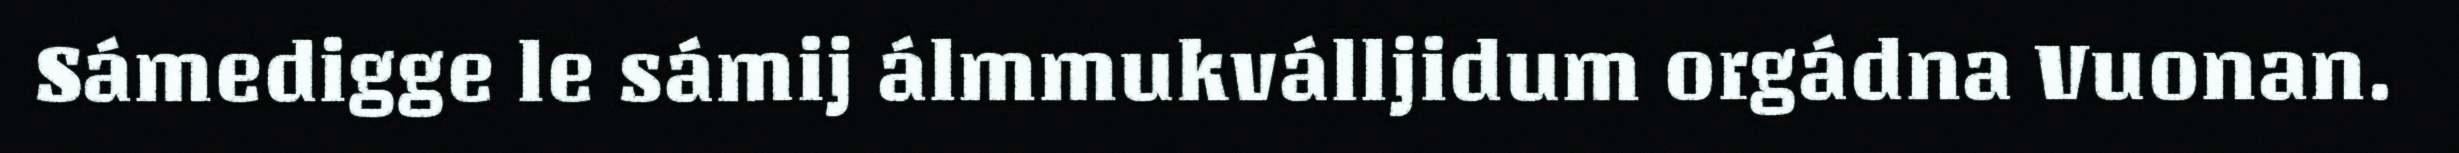
Sámedigge le sámij álmmukválljidum orgádna Vuonan.